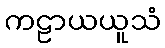
ကဠာယယူသံ